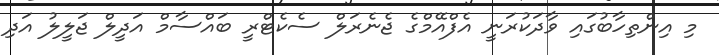
މި އިންތިހާބުގައި ވާދަކުރަނީ އެފްއޭމްގެ ޖެނެރަލް ސެކެޓްރީ ބައްސާމް އަދީލް ޖަލީލު އަދި